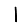
Digit: 1